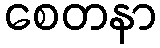
စေတနာ